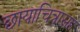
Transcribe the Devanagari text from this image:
छायाचित्रासह